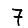
Digit: 7